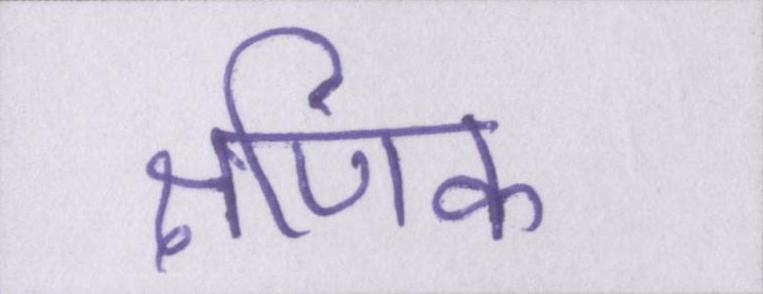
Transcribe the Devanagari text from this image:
क्षणिक